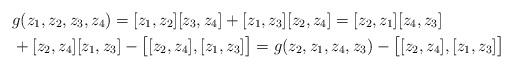
LaTeX: \begin{align*}& g(z_1, z_2, z_3, z_4) = [z_1, z_2][z_3, z_4] + [z_1, z_3][z_2, z_4] = [z_2, z_1] [z_4, z_3] \\& + [z_2, z_4] [z_1, z_3] - \bigl[ [z_2, z_4], [z_1, z_3] \bigr] = g(z_2, z_1,z_4, z_3) - \bigl[ [z_2, z_4], [z_1, z_3] \bigr] \end{align*}